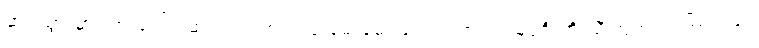
ဆပ်သွားမှာ ကားပေါ်ကဆင်းရင် ဘယ်သူ့ မေးမေး ဒေါက်တာဝင်းမြင့်ဦးကို သိကြတယ် ကြားလား